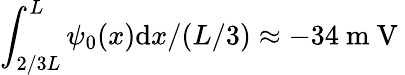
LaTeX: \int_{2/3L}^{L}\psi_{0}(x)\mathrm{d}x/(L/3)\approx-34\mathrm{~m~V~}